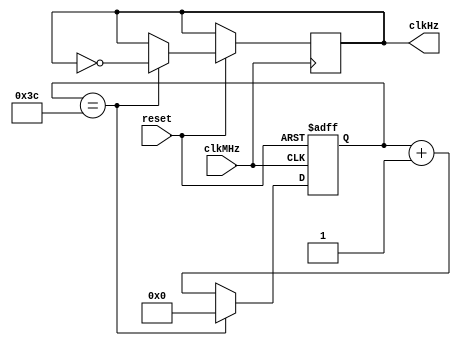
module Divisor100Hz(clkMHz,reset,clkHz);
input clkMHz,reset;				//frec reloj=50MHz
output reg clkHz;
//(freloj/2)/fdeseada (25Mhz/100) = 250000
//log2(250000)=	17.9			= 18 bits
reg [17:0] contador;	
	
always@(negedge clkMHz or negedge reset)
begin
	if (~reset)
		contador<=0;
	else 
		//if(contador==250000)
		if(contador==60)
		begin
			clkHz<=!clkHz;
			contador<=0;
		end
		else
			contador<=contador+1;
end
endmodule